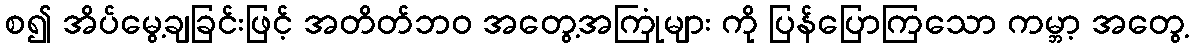
စ၍ အိပ်မွေ့ချခြင်းဖြင့် အတိတ်ဘဝ အတွေ့အကြုံများ ကို ပြန်ပြောကြသော ကမ္ဘာ့ အတွေ့